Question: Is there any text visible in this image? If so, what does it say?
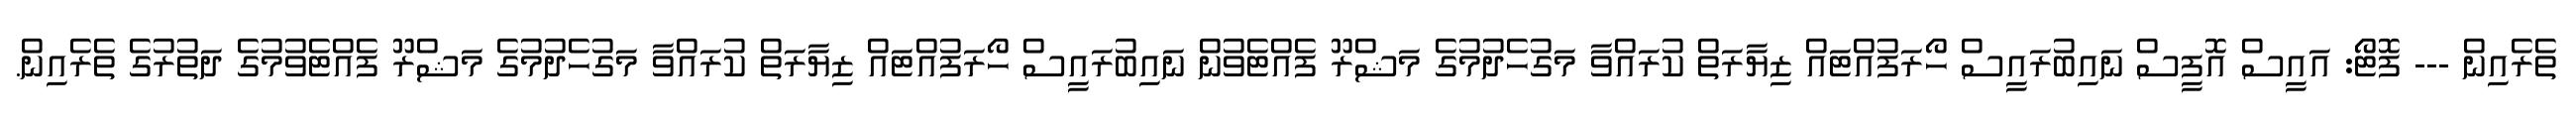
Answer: ތެރެއިން --- ފޮޓޯ: އައީސް އޮފީސް ނައިބުރައީސް ހޯރަފުއްޓައް ޒިޔާރަތް ކުރައްވާ މަގުހެދުމުގެ މަޝްރޫ ފެއްޓެވުން ނައިބުރައީސް ހޯރަފުއްޓައް ޒިޔާރަތް ކުރައްވާ މަގުހެދުމުގެ މަޝްރޫ ފެއްޓެވުމުގެ ދަތުރުގެ ތެރެއިން.